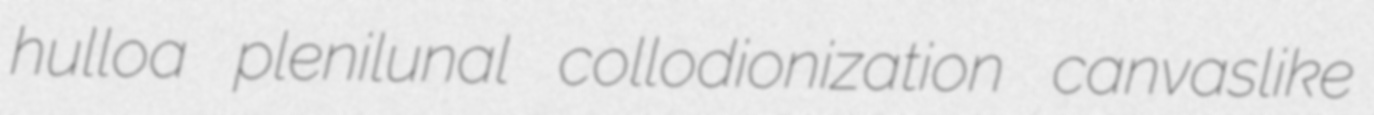
hulloa plenilunal collodionization canvaslike